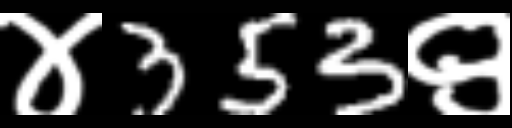
Text: ४353९